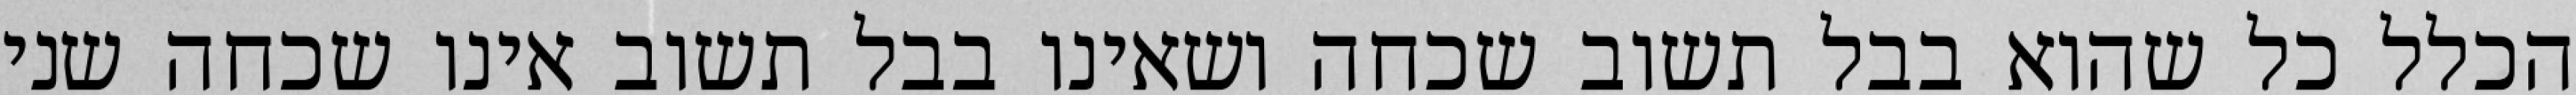
הכלל כל שהוא בבל תשוב שכחה ושאינו בבל תשוב אינו שכחה שני